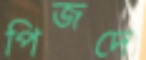
পিজদে